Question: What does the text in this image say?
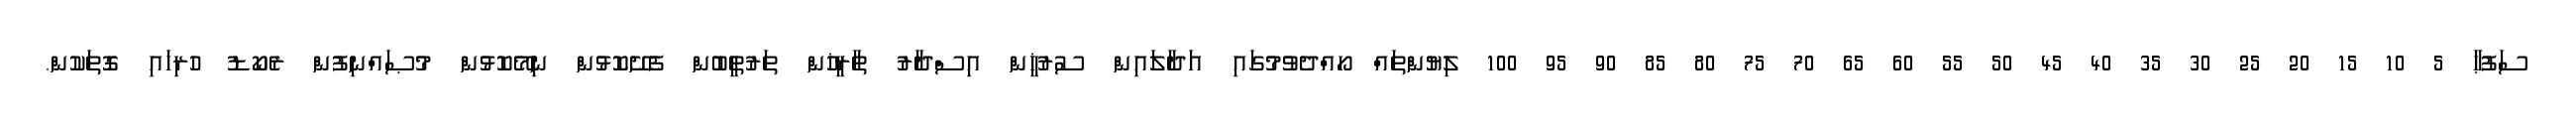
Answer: ސަފުޙާ 5 10 15 20 25 30 35 40 45 50 55 60 65 70 75 80 85 90 95 100 ލިޔުންތައް ހޯއްދެވުމުގައި އަދާލައިން ސުރުޚީން އިސްދާރު ތާރީޚުން ތަރުތީބުން ފެށޭކޮޅުން ނިމޭކޮޅުން މުޞައްނިފުން ރެކޯޑު ހުރިހައި ގޮތަކުން.